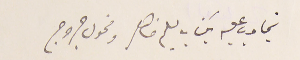
تجاوب عليه بكتاب سليم ضاهر ومخول جروج